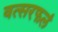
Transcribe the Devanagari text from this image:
वत्सरफलं